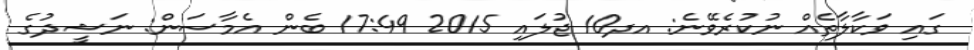
ގައި ވަކާލާތެއް ނުކުރެވޭނެ: އދ10 ޖުލައި 2015 17:49 ބެން އެމާސަން: ނަޝީދުގެ